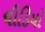
ચીડિયો